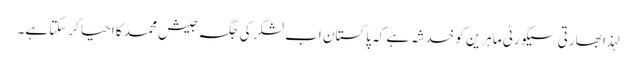
لہذا بھارتی سیکورٹی ماہرین کو خدشہ ہے کہ پاکستان اب لشکر کی جگہ جیش محمد کا احیا کرسکتا ہے۔